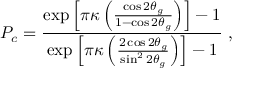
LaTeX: P _ { c } = \frac { \exp \left[ \pi \kappa \left( \frac { \cos 2 \theta _ { g } } { 1 - \cos 2 \theta _ { g } } \right) \right] - 1 } { \exp \left[ \pi \kappa \left( \frac { 2 \cos 2 \theta _ { g } } { \sin ^ { 2 } 2 \theta _ { g } } \right) \right] - 1 } \; ,